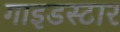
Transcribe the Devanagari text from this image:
गाइडस्टार